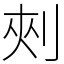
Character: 㓨